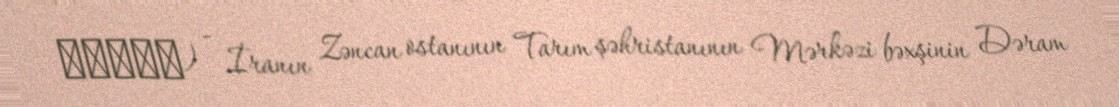
خساره) - İranın Zəncan ostanının Tarım şəhristanının Mərkəzi bəxşinin Dəram